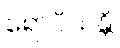
ရောပိယန္တိ